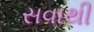
સવાથી